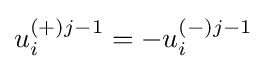
u_{i}^{(+)j-1}=-u_{i}^{(-)j-1}